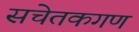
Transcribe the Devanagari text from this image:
सचेतकगण